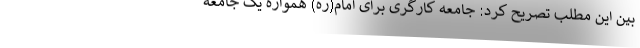
بین این مطلب تصریح کرد: جامعه کارگری برای امام(ره) همواره یک جامعه